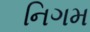
નિગમ